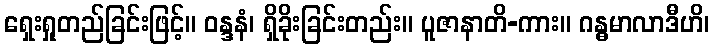
ရှေးရှုတည်ခြင်းဖြင့်။ ဝန္ဒနံ၊ ရှိခိုးခြင်းတည်း။ ပူဇာနာတိ-ကား။ ဂန္ဓမာလာဒီဟိ၊